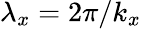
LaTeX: \lambda_{x}=2\pi/k_{x}